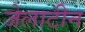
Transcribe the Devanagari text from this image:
जेलाटीन